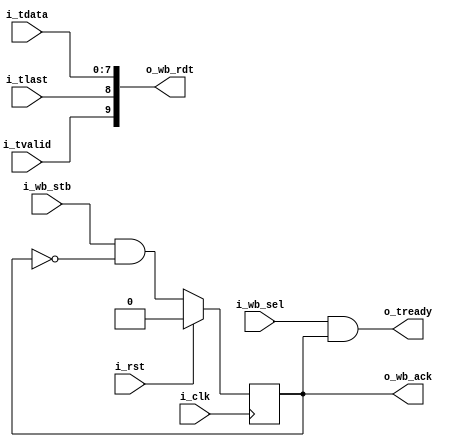
`default_nettype none
module axis2wb
  (
   input wire 	     i_clk,
   input wire 	     i_rst,
   input wire [0:0]  i_wb_sel,
   input wire 	     i_wb_stb,
   output wire [9:0] o_wb_rdt,
   output reg 	     o_wb_ack,
   input wire [7:0]  i_tdata,
   input wire 	     i_tlast,
   input wire 	     i_tvalid,
   output wire 	     o_tready);

   always @(posedge i_clk) begin
      o_wb_ack <= i_wb_stb & !o_wb_ack;
      if (i_rst)
	o_wb_ack <= 1'b0;
   end

   assign o_tready = i_wb_sel[0] & o_wb_ack;
   assign o_wb_rdt = {i_tvalid, i_tlast, i_tdata};

endmodule